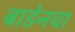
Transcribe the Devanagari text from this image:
बाडेनचा